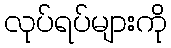
လုပ်ရပ်များကို